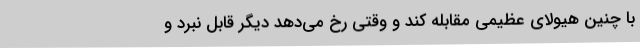
با چنین هیولای عظیمی مقابله کند و وقتی رخ می‌دهد دیگر قابل نبرد و